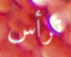
ترأس